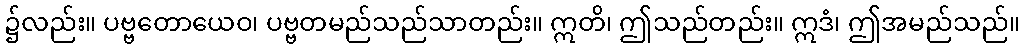
၌လည်း။ ပဗ္ဗတောယေဝ၊ ပဗ္ဗတမည်သည်သာတည်း။ ဣတိ၊ ဤသည်တည်း။ ဣဒံ၊ ဤအမည်သည်။